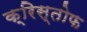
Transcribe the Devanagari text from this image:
क्रिस्तोफ